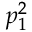
p _ { 1 } ^ { 2 }